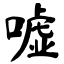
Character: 嘘